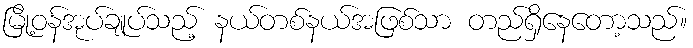
မြို့ဝန်အုပ်ချုပ်သည့် နယ်တစ်နယ်အဖြစ်သာ တည်ရှိနေတော့သည်။